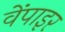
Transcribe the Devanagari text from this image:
वेंपाइर